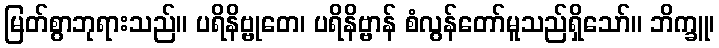
မြတ်စွာဘုရားသည်။ ပရိနိဗ္ဗုတေ၊ ပရိနိဗ္ဗာန် စံလွန်တော်မူသည်ရှိသော်။ ဘိက္ခူ၊